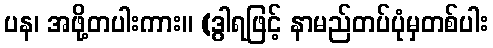
ပန၊ အဖို့တပါးကား။ (ဒွါရဖြင့် နာမည်တပ်ပုံမှတစ်ပါး